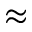
\approx